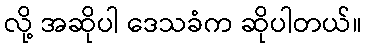
လို့ အဆိုပါ ဒေသခံက ဆိုပါတယ်။